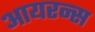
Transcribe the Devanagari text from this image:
आयरन्‍स